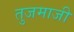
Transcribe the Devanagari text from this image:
तुजमाजी